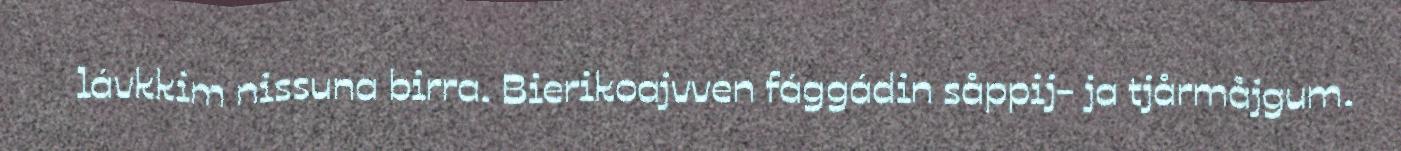
lávkkim nissuna birra. Bierikoajvven fággádin såppij- ja tjårmåjgum.